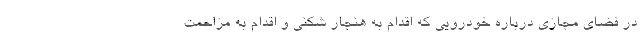
در فضای مجازی درباره خودرویی که اقدام به هنجار شکنی و اقدام به مزاحمت